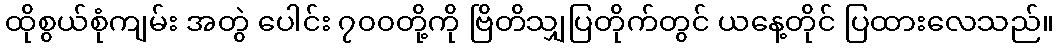
ထိုစွယ်စုံကျမ်း အတွဲ ပေါင်း ၇၀၀တို့ကို ဗြိတိသျှပြတိုက်တွင် ယနေ့တိုင် ပြထားလေသည်။